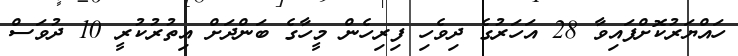
ހައްޔަރުކޮށްފައިވާ 28 އަހަރުގެ ދިވެހި ފިރިހެން މީހާގެ ބަންދަށް އިތުރުކުރީ 10 ދުވަސް